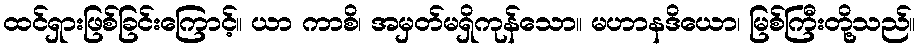
ထင်ရှားဖြစ်ခြင်းကြောင့်။ ယာ ကာစိ၊ အမှတ်မရှိကုန်သော။ မဟာနဒိယော၊ မြစ်ကြီးတို့သည်။